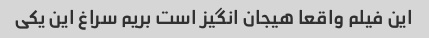
این فیلم واقعا هیجان انگیز است بریم سراغ این یکی